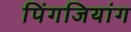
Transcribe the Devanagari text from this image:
पिंगजियांग